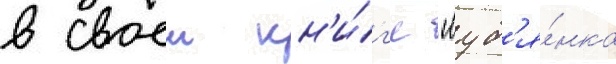
в своеи кн'и́г'е "луб'я́нка